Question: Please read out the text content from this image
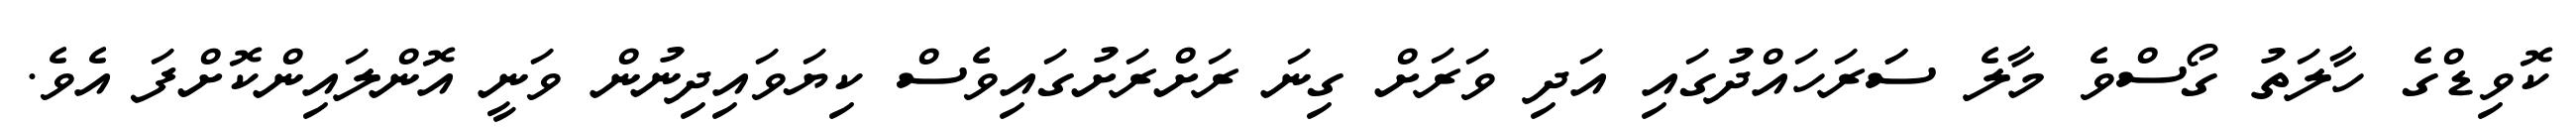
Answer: ކޮވިޑްގެ ހާލަތު ގޯސްވެ މާލެ ސަަރަހައްދުގައި އަދި ވަރަށް ގިނަ ރަށްރަށުގައިވެސް ކިޔަވައިދިނުން ވަނީ އޮންލައިންކޮށްފަ އެވެ.